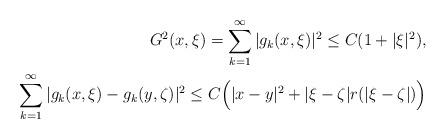
LaTeX: \begin{align*}G^2 (x,\xi) = \sum_{k=1}^\infty | g_k (x,\xi)|^2 \leq C(1+ | \xi |^2), \\\sum_{k=1}^\infty | g_k (x,\xi) - g_k (y,\zeta) |^2 \leq C \Big( |x-y|^2 + |\xi - \zeta | r(|\xi - \zeta |) \Big) \end{align*}